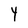
Character: 4